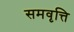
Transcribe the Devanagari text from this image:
समवृत्ति